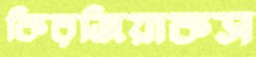
কিরজিয়াকস